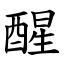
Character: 醒